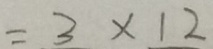
= 2 \times 1 2